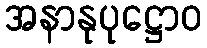
အနာနုပုဋ္ဌောဝ